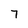
Character: 7